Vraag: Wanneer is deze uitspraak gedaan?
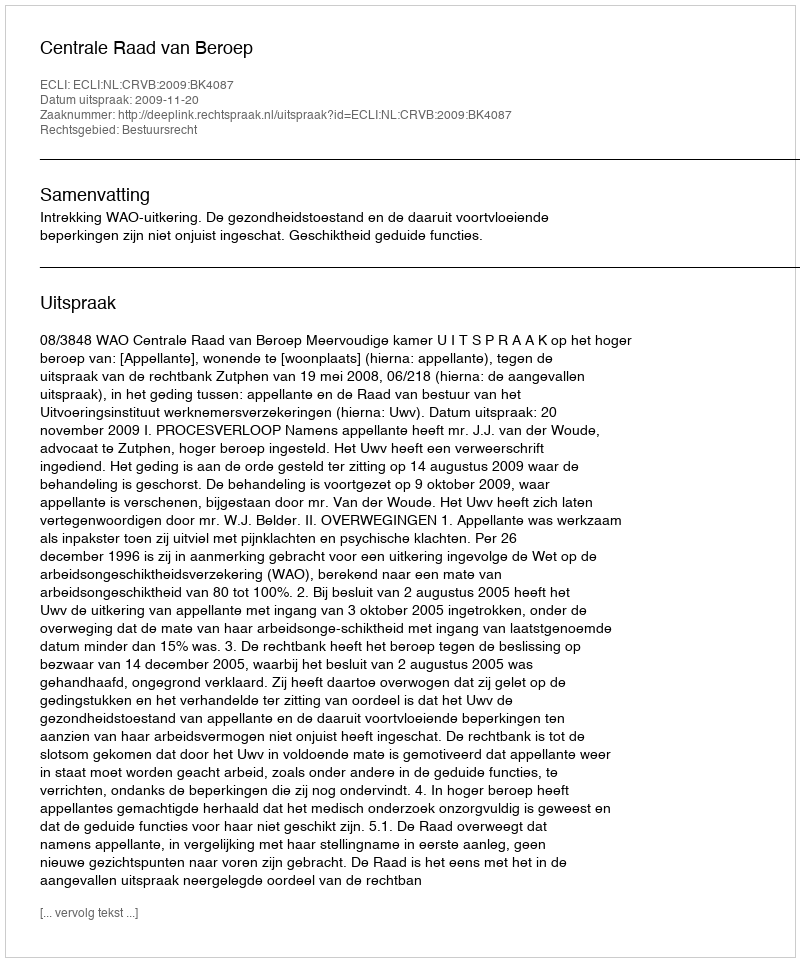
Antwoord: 2009-11-20